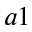
a 1